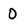
Character: 0